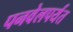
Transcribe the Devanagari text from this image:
पनवेलपर्यंत